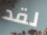
لقد